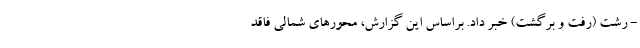
- رشت (رفت و برگشت) خبر داد. براساس این گزارش، محور‌های شمالی فاقد